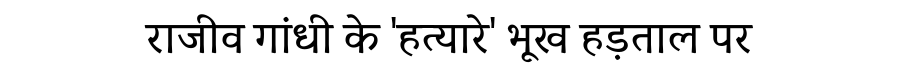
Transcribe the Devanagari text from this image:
राजीव गांधी के 'हत्यारे' भूख हड़ताल पर